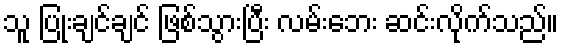
သူ ပြုံးချင်ချင် ဖြစ်သွားပြီး လမ်းဘေး ဆင်းလိုက်သည်။